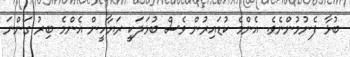
ބުޅާ ފެނުމުންނެވެ. އެންމެ ކުޑައިރުން ވެސް ބުޅަލަކީ ރަޔާހީން އެންމެ ބިރު ގަންނަ